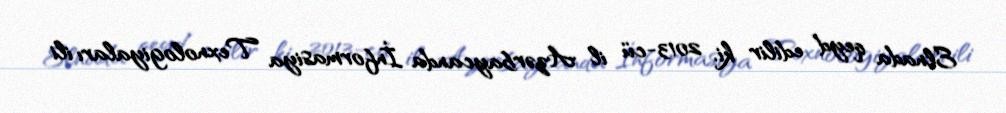
Elnada qeyd edilir ki, 2013-cü il Azərbaycanda İnformasiya Texnologiyaları ili